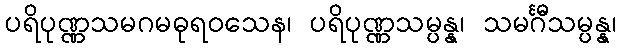
ပရိပုဏ္ဏသမဂမဓုရဝသေန၊ ပရိပုဏ္ဏသမ္ပန္န၊ သမင်္ဂီသမ္ပန္န၊